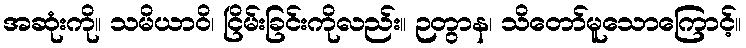
အဆုံးကို။ သမိယာဝိ၊ ငြိမ်းခြင်းကိုလည်း။ ဉတွာန၊ သိတော်မူသောကြောင့်။